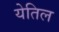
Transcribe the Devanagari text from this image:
येतिल